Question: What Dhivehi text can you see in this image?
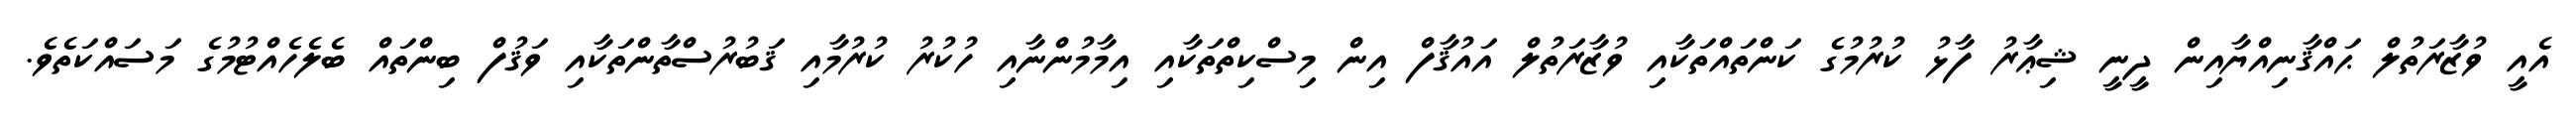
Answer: އެއީ ވުޒާރަތުލް ޙައްޤާނިއްޔާއިން ދީނީ ޝިޢާރު ފާޅު ކުރުމުގެ ކަންތައްތަކާއި ވުޒާރަތުލް އައުޤާފް އިން މިސްކިތްތަކާއި އިމާމުންނާއި ހުކުރު ކުރުމާއި ޤަބުރުސްތާންތަކާއި ވަޤުފް ބިންތައް ބެލެހެއްޓުމުގެ މަސައްކަތެވެ.